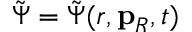
\tilde { \Psi } = \tilde { \Psi } ( r , \mathbf { p } _ { R } , t )